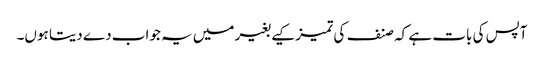
آپس کی بات ہے کہ صنف کی تمیز کیے بغیر میں یہ جواب دے دیتا ہوں۔